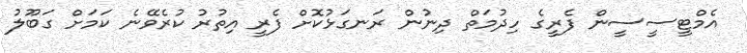
އެމްޓީސީސީން ފެރީގެ ހިދުމަތް ދިނުން ރަނގަޅުކޮށް ފެރީ އިތުރު ކުރެވޭނެ ކަމަށް ގަބޫލު